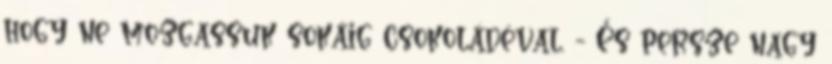
hogy ne mozgassuk sokáig csokoládéval. - És persze nagy